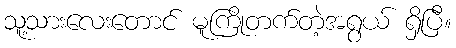
သူ့သားလေးတောင် မူကြိုတက်တဲ့အရွယ် ရှိပြီ။